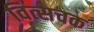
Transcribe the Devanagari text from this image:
वित्सचक